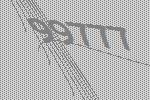
99777